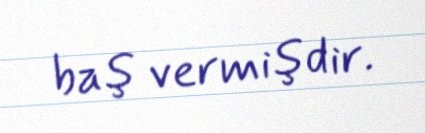
baş vermişdir.